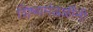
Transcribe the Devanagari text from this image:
शिष्यमंडळींनी